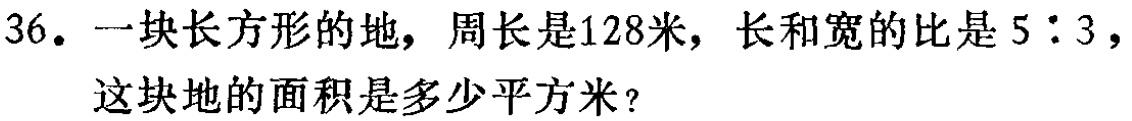
36. 一块长方形的地，周长是128米，长和宽的比是 \(5:3\)，这块地的面积是多少平方米？